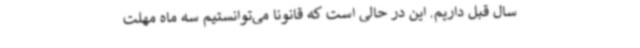
سال قبل داریم. این در حالی است که قانونا می‌توانستیم سه ماه مهلت